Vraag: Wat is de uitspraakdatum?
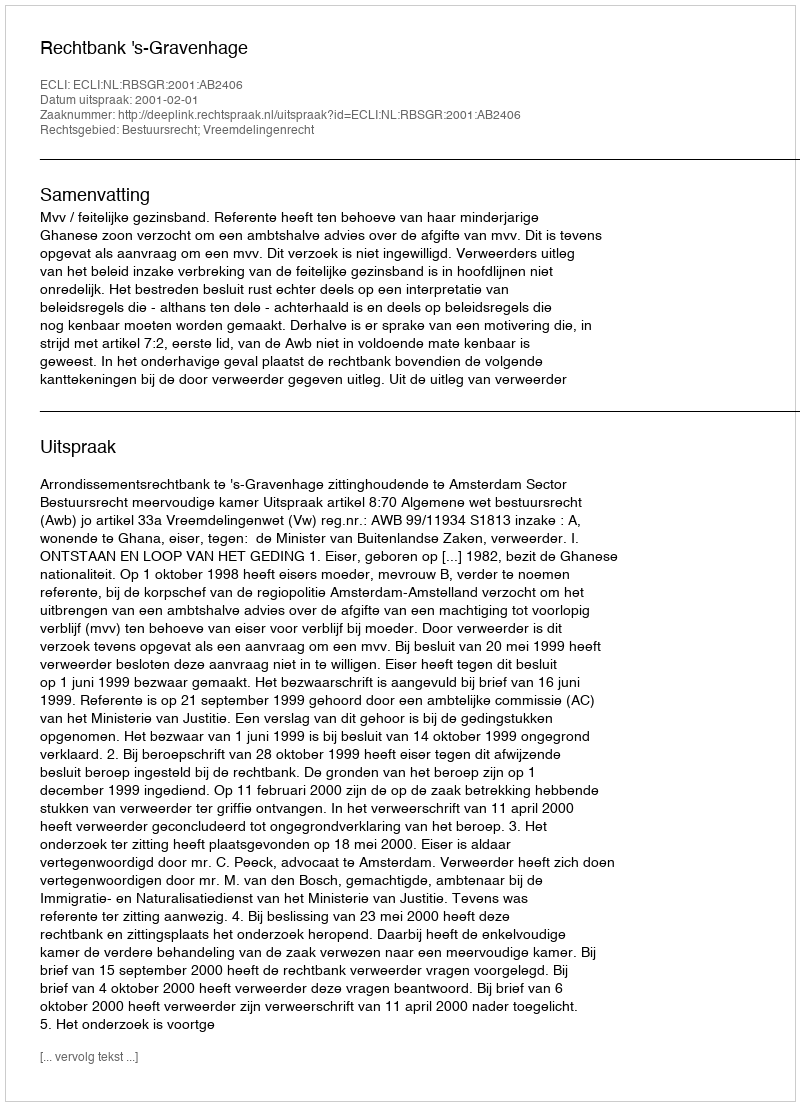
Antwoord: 2001-02-01